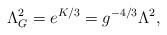
LaTeX: \begin{align*}\Lambda^2_G = e^{K/3}=g^{-4/3}\Lambda^2,\end{align*}